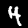
Digit: 4